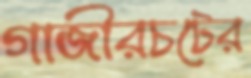
গাজীরচটের